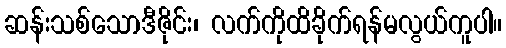
ဆန်းသစ်သောဒီဇိုင်း၊ လက်ကိုထိခိုက်ရန်မလွယ်ကူပါ။